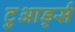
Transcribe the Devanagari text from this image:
टुआर्ड्स